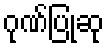
ဂုဏ်ပြုဆု